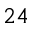
^ { 2 4 }